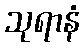
သုရာနံ